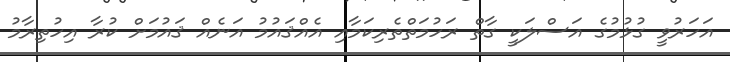
އަހަރުވީ ގުޅުމުގެ އަސްލަކީ ގާތް ރަހުމަތްތެރިކަމާއި އެއްޤައުމު އަނެއް ޤައުމަށް ކުރާ އިހުތިރާމު